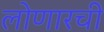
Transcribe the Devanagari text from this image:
लोणारची